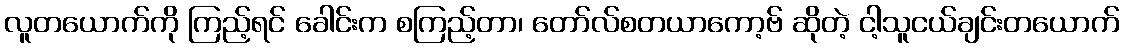
လူတယောက်ကို ကြည့်ရင် ခေါင်းက စကြည့်တာ၊ တော်လ်စတယာကော့ဗ် ဆိုတဲ့ ငါ့သူငယ်ချင်းတယောက်